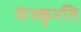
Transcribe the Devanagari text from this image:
संस्कृरति